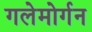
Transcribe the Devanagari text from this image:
गलेमोर्गन